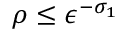
\rho \le \epsilon ^ { - \sigma _ { 1 } }